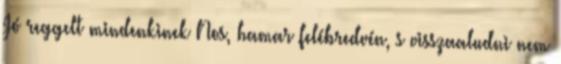
Jó reggelt mindenkinek Nos, hamar felébredvén, s visszaaludni nem